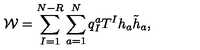
{ \cal W } = \sum _ { I = 1 } ^ { N - R } \sum _ { a = 1 } ^ { N } q _ { I } ^ { a } T ^ { I } h _ { a } \tilde { h } _ { a } ,